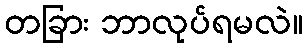
တခြား ဘာလုပ်ရမလဲ။